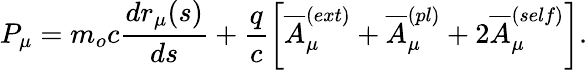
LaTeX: P_{\mu}=m_{o}c\frac{dr_{\mu}(s)}{ds}+\frac{q}{c}\left[\overline{{A}}_{\mu}^{(ext)}+\overline{{A}}_{\mu}^{(pl)}+2\overline{{A}}_{\mu}^{(self)}\right].